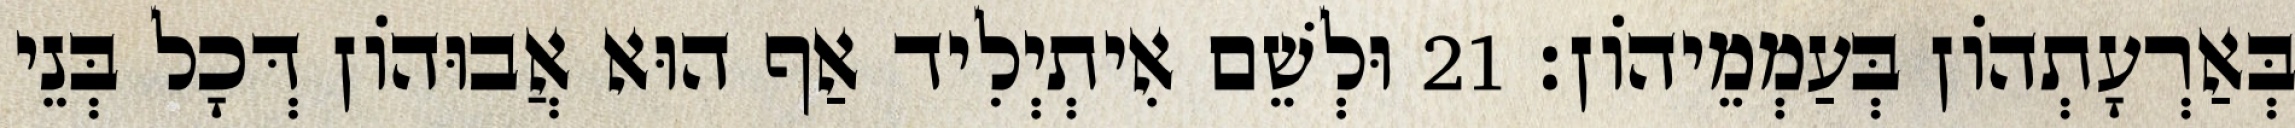
בְּאַרְעָתְהוֹן בְּעַמְמֵיהוֹן׃ 21 וּלְשֵׁם אִיתְיְלִיד אַף הוּא אֲבוּהוֹן דְּכָל בְּנֵי